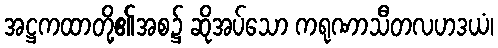
အဋ္ဌကထာတို့၏အစ၌ ဆိုအပ်သော ကရုဏာသီတလဟဒယံ၊